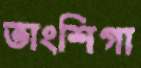
তাংশিগা